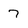
Character: 7